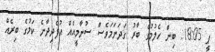
ޕީ 18:05: ބިން ހެލުމުގެ ބާރު ގަދަނަމަވެސް ސުނާމީއެއް އުފެދިދާނެ ކަމުގެ ބިރެއް